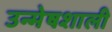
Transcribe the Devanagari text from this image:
उन्मेषशाली